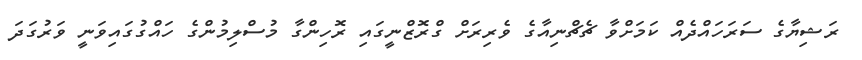
ރަޝިޔާގެ ސަރަހައްދެއް ކަމަށްވާ ޗެޗްނިއާގެ ވެރިރަށް ގްރޮޒްނީގައި ރޮހިންގާ މުސްލިމުންގެ ހައްގުގައިވަނީ ވަރުގަދަ